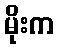
မိုးက